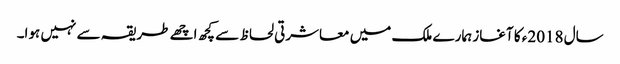
سال 2018ء کا آغاز ہمارے ملک میں معاشرتی لحاظ سے کچھ اچھے طریقہ سے نہیں ہوا۔